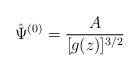
LaTeX: \begin{align*}\hat{\Psi}^{(0)}=\frac{A}{[g(z)]^{3/2}} \end{align*}